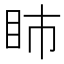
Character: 𥄔